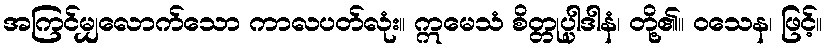
အကြင်မျှလောက်သော ကာလပတ်လုံး။ ဣမေသံ စိတ္တုပ္ပါဒါနံ၊ တို့၏။ ဝသေန၊ ဖြင့်။